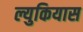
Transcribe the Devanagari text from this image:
ल्युकियास